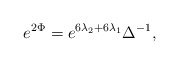
\begin{align*}e^{2\Phi}= e^{6\lambda_{2}+6\lambda_{1}}\Delta^{-1},\end{align*}